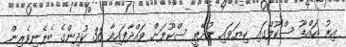
އިރު އައްޑޫ ސްކޫލްގައި ކިޔަވައި ނުދޭތީ ސްކޫލަށް ވައްދާފައިވާ 38 ކުދިންގެ ބެލެނިވެރިން